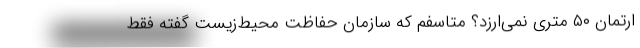
ارتمان ۵۰ متری نمی‌ارزد؟ متاسفم که سازمان حفاظت محیط‌زیست گفته فقط